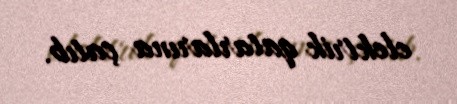
elektrik qatarlarına çatıb.